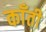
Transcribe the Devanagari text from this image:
काँती